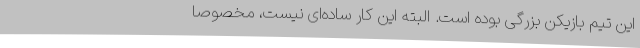
این تیم بازیکن بزرگی بوده است. البته این کار ساده‌ای نیست، مخصوصا